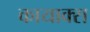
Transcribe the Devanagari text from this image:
कायाक्स